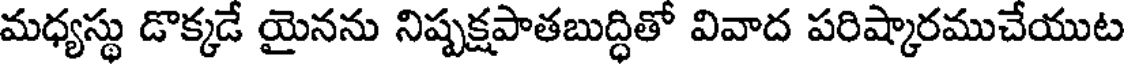
మధ్యస్థు డొక్కడే యైనను నిష్పక్షపాతబుద్ధితో వివాద పరిష్కారముచేయుట